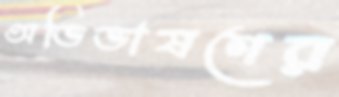
অভিভাষণের